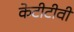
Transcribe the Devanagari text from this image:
केटीटीवी